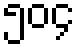
၅၀၄